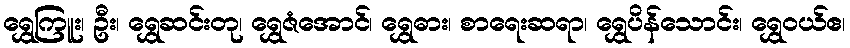
ရွှေကြူး၊ ဦး၊ ရွှေဆင်းတု၊ ရွှေဇံအောင်၊ ရွှေဓား၊ စာရေးဆရာ၊ ရွှေပိန်သောင်း၊ ရွှေဝယ်ဧ၊